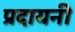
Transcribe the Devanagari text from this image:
प्रदायनी